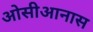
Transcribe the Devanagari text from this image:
ओसीआनास